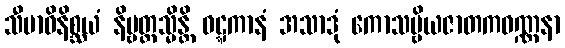
သီမာဝိနိစ္ဆယံ နိဗ္ဗတ္တသ္မိန္တိ ဝဋ္ဋကာနံ အသာဒုံ ကောသမ္ဗိယဇာတကဝဏ္ဏနာ